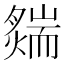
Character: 𦓟